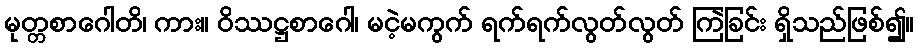
မုတ္တစာဂေါတိ၊ ကား။ ဝိဿဋ္ဌစာဂေါ၊ မငဲ့မကွက် ရက်ရက်လွတ်လွတ် ကြဲခြင်း ရှိသည်ဖြစ်၍။